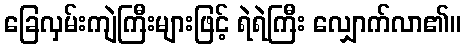
ခြေလှမ်းကျဲကြီးများဖြင့် ရဲရဲကြီး လျှောက်လာ၏။